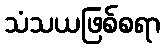
သံသယဖြစ်စရာ